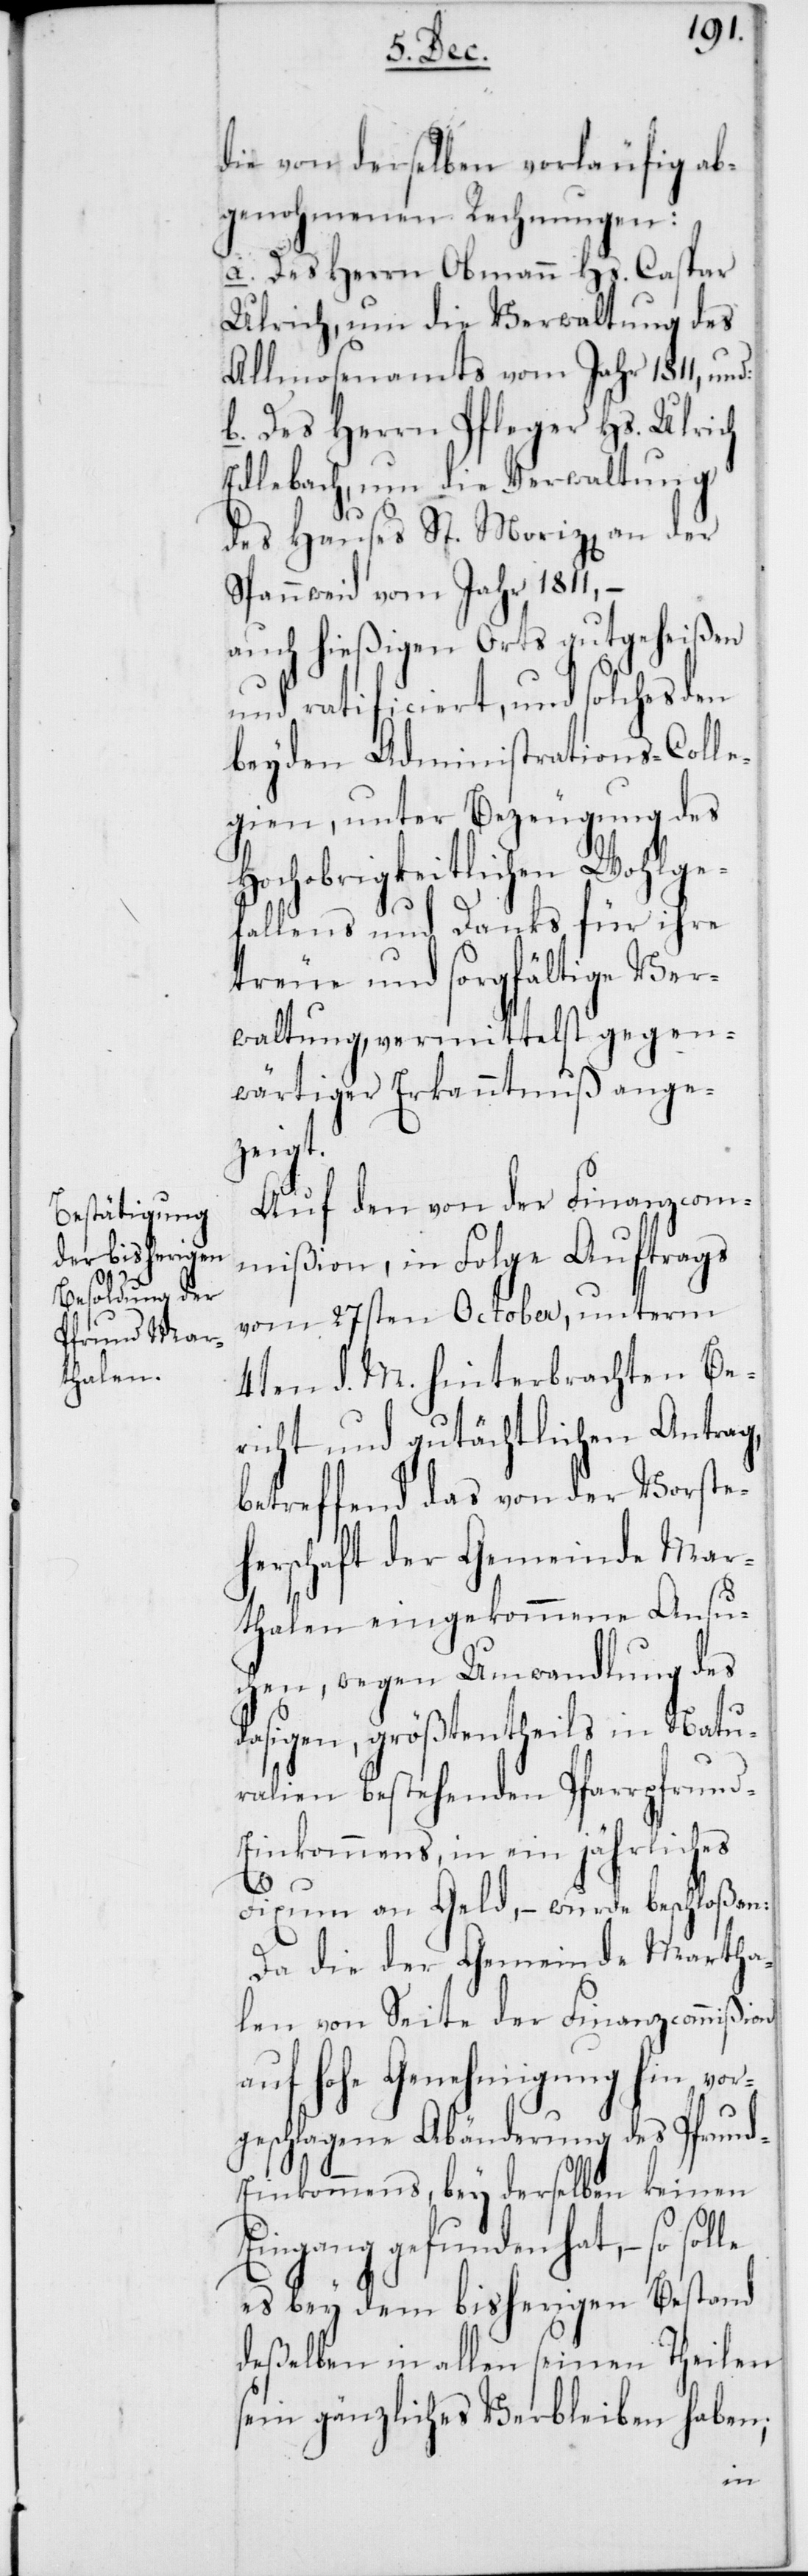
die von derselben vorläufig ab¬
genohmenen Rechnungen:
a. Des Herrn Obmann Hs. Caspar
Ulrich, um die Verwaltung des
Allmosenamts vom Jahr 1811,
b. Des Herrn Pfleger Hs. Ulrich
Edlebach, um die Verwaltung
des Hauses St. Moriz[en] an der
Spannweid vom Jahr 1811, –
auch hießigen Orts gutgeheißen
und ratificiert, und solches den
beyden Administrations-Colle¬
gien, unter Bezeugung des
Hochobrigkeitlichen Wohlge¬
fallens und Danks für ihre
treue und sorgfältige Ver¬
waltung, vermittelst gegen¬
wärtiger Erkanntnuß ange¬
zeigt.
Auf den von der Finanzcom¬
mißion, in Folge Auftrags
vom 27sten October, unterm
4ten d. M. hinterbrachten Be¬
richt und gutächtlichen Antrag,
betreffend das von der Vorste¬
herschaft der Gemeine Mar¬
thalen eingekommene Ansuc¬
hen, wegen Umwandlung des
dasigen, größtentheils in Natu¬
ralien bestehenden Pfarrpfrund-E¬
inkommens in ein jährliches
Fixum an Geld, – wurde beschloßen:
Da die der Gemeinde Martha¬
len von Seite der Finanzcommißion
auf hohe Genehmigung hin vor¬
geschlagene Abänderung des Pfrun¬
inkommens, bey derselben keinen
Eingang gefunden hat, – so
es bey dem bisherigen Bestand
deßelben in allen seinen Theilen
sein gänzliches Verbleiben haben;
d-E¬